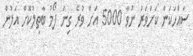
ސައްހަކަން ކަށަވަރު ނުވާ 5000 އަށް ވުރެ ގިނަ ފޯމު ބާތިލުކޮށް އަލުން